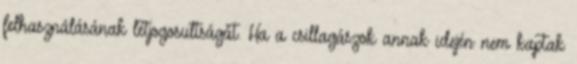
felhasználásának létjogosultságát. Ha a csillagászok annak idején nem kaptak